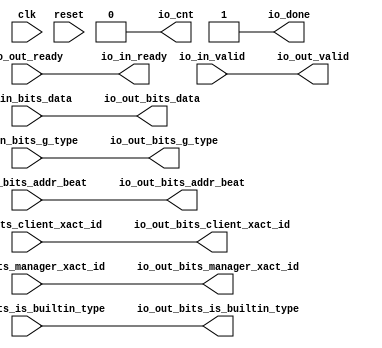
// Copyright (c) 2017, Microsemi Corporation
// All rights reserved.
//
// Redistribution and use in source and binary forms, with or without
// modification, are permitted provided that the following conditions are met:
//     * Redistributions of source code must retain the above copyright
//       notice, this list of conditions and the following disclaimer.
//     * Redistributions in binary form must reproduce the above copyright
//       notice, this list of conditions and the following disclaimer in the
//       documentation and/or other materials provided with the distribution.
//     * Neither the name of the <organization> nor the
//       names of its contributors may be used to endorse or promote products
//       derived from this software without specific prior written permission.
//
// THIS SOFTWARE IS PROVIDED BY THE COPYRIGHT HOLDERS AND CONTRIBUTORS "AS IS" AND
// ANY EXPRESS OR IMPLIED WARRANTIES, INCLUDING, BUT NOT LIMITED TO, THE IMPLIED
// WARRANTIES OF MERCHANTABILITY AND FITNESS FOR A PARTICULAR PURPOSE ARE
// DISCLAIMED. IN NO EVENT SHALL MICROSEMI CORPORATIONM BE LIABLE FOR ANY
// DIRECT, INDIRECT, INCIDENTAL, SPECIAL, EXEMPLARY, OR CONSEQUENTIAL DAMAGES
// (INCLUDING, BUT NOT LIMITED TO, PROCUREMENT OF SUBSTITUTE GOODS OR SERVICES;
// LOSS OF USE, DATA, OR PROFITS; OR BUSINESS INTERRUPTION) HOWEVER CAUSED AND
// ON ANY THEORY OF LIABILITY, WHETHER IN CONTRACT, STRICT LIABILITY, OR TORT
// (INCLUDING NEGLIGENCE OR OTHERWISE) ARISING IN ANY WAY OUT OF THE USE OF THIS
// SOFTWARE, EVEN IF ADVISED OF THE POSSIBILITY OF SUCH DAMAGE.
//
// Description:
//
// SVN Revision Information:
// SVN $Revision: 29484 $
// SVN $Date: 2017-03-31 09:57:25 +0100 (Fri, 31 Mar 2017) $
//
// Resolved SARs
// SAR      Date     Who   Description
//
// Notes:
//
// ****************************************************************************/
`define RANDOMIZE
`timescale 1ns/10ps
module PROC_SUBSYSTEM_CORERISCV_AXI4_0_CORERISCV_AXI4_FLOW_THROUGH_SERIALIZER(
  input   clk,
  input   reset,
  output  io_in_ready,
  input   io_in_valid,
  input  [2:0] io_in_bits_addr_beat,
  input   io_in_bits_client_xact_id,
  input  [1:0] io_in_bits_manager_xact_id,
  input   io_in_bits_is_builtin_type,
  input  [3:0] io_in_bits_g_type,
  input  [63:0] io_in_bits_data,
  input   io_out_ready,
  output  io_out_valid,
  output [2:0] io_out_bits_addr_beat,
  output  io_out_bits_client_xact_id,
  output [1:0] io_out_bits_manager_xact_id,
  output  io_out_bits_is_builtin_type,
  output [3:0] io_out_bits_g_type,
  output [63:0] io_out_bits_data,
  output  io_cnt,
  output  io_done
);
  assign io_in_ready = io_out_ready;
  assign io_out_valid = io_in_valid;
  assign io_out_bits_addr_beat = io_in_bits_addr_beat;
  assign io_out_bits_client_xact_id = io_in_bits_client_xact_id;
  assign io_out_bits_manager_xact_id = io_in_bits_manager_xact_id;
  assign io_out_bits_is_builtin_type = io_in_bits_is_builtin_type;
  assign io_out_bits_g_type = io_in_bits_g_type;
  assign io_out_bits_data = io_in_bits_data;
  assign io_cnt = 1'h0;
  assign io_done = 1'h1;
endmodule